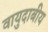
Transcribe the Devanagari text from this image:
वायुदाबीय